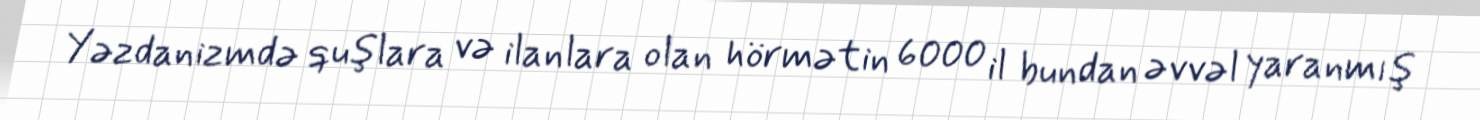
Yəzdanizmdə quşlara və ilanlara olan hörmətin 6000 il bundan əvvəl yaranmış